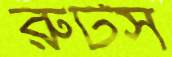
রুটস